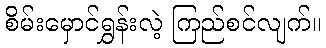
စိမ်းမှောင်ရွှန်းလဲ့ ကြည်စင်လျက်။